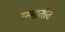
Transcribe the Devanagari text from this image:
स्म्भातीत